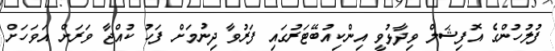
ފުލުހުންގެ އޮފިޝަލް ވިދާޅުވީ އިންކިއުބޭޓަރުގައި ފަރުވާ ދިނުމަށް ފަހު ކުއްޖާ ވަރަށް އަވަހަށް